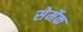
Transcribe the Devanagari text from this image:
सेर्मेक